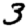
Digit: 3